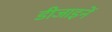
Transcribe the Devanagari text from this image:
डीजाइनें